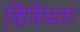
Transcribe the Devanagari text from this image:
विविघता